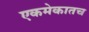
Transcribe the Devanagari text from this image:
एकमेकातच